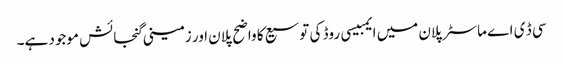
سی ڈ ی اے ماسٹر پلان میں ایمبیسی روڈ کی توسیع کا واضح پلان اور زمینی گنجائش موجود ہے۔